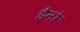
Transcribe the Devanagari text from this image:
डैनो